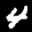
Label: 4